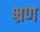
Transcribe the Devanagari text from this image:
भ्रण